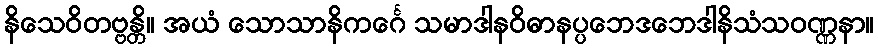
နိသေဝိတဗ္ဗန္တိ။ အယံ သောသာနိကင်္ဂေ သမာဒါနဝိဓာနပ္ပဘေဒဘေဒါနိသံသဝဏ္ဏနာ။